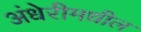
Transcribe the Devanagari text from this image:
अंधेरीमधील